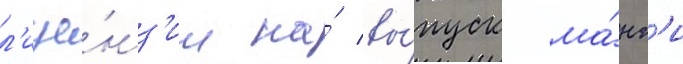
л'ице́нз'ии на́ вы́пуск ма́нг'и